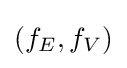
(f_{E},f_{V})